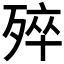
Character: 𣨛